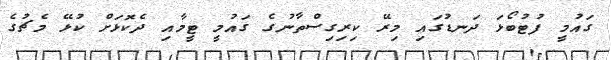
ގައުމީ ފުޓުބޯޅަ ދަނޑުގައި މިރޭ ކިރިގިސްތާނުގެ ގައުމީ ޓީމާއި ދެކޮޅަށް ކުޅޭ މެޗުގެ